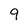
Character: 9